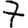
Digit: 7